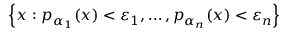
\left\{ x : p _ { \alpha _ { 1 } } ( x ) < \varepsilon _ { 1 } , \ldots , p _ { \alpha _ { n } } ( x ) < \varepsilon _ { n } \right\}